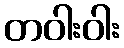
တဝါးဝါး